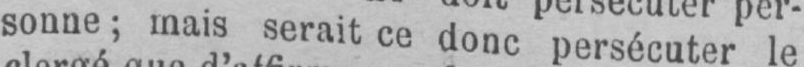
sonne; mais serait ce donc persécuter le